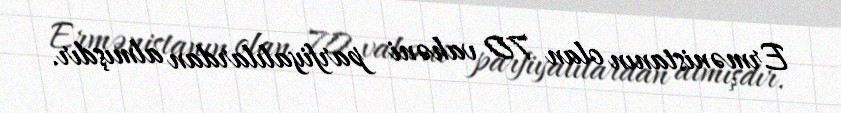
Ermənistanın olan 70 vahəni parfiyalılardan almışdır.